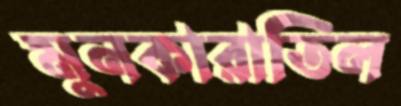
মুনকারাতিল